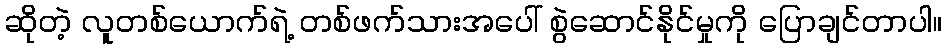
ဆိုတဲ့ လူတစ်ယောက်ရဲ့ တစ်ဖက်သားအပေါ် စွဲဆောင်နိုင်မှုကို ပြောချင်တာပါ။